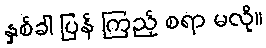
နှစ်ခါ ပြန် ကြည့် စရာ မလို။